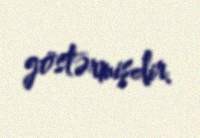
göstərmişdir.